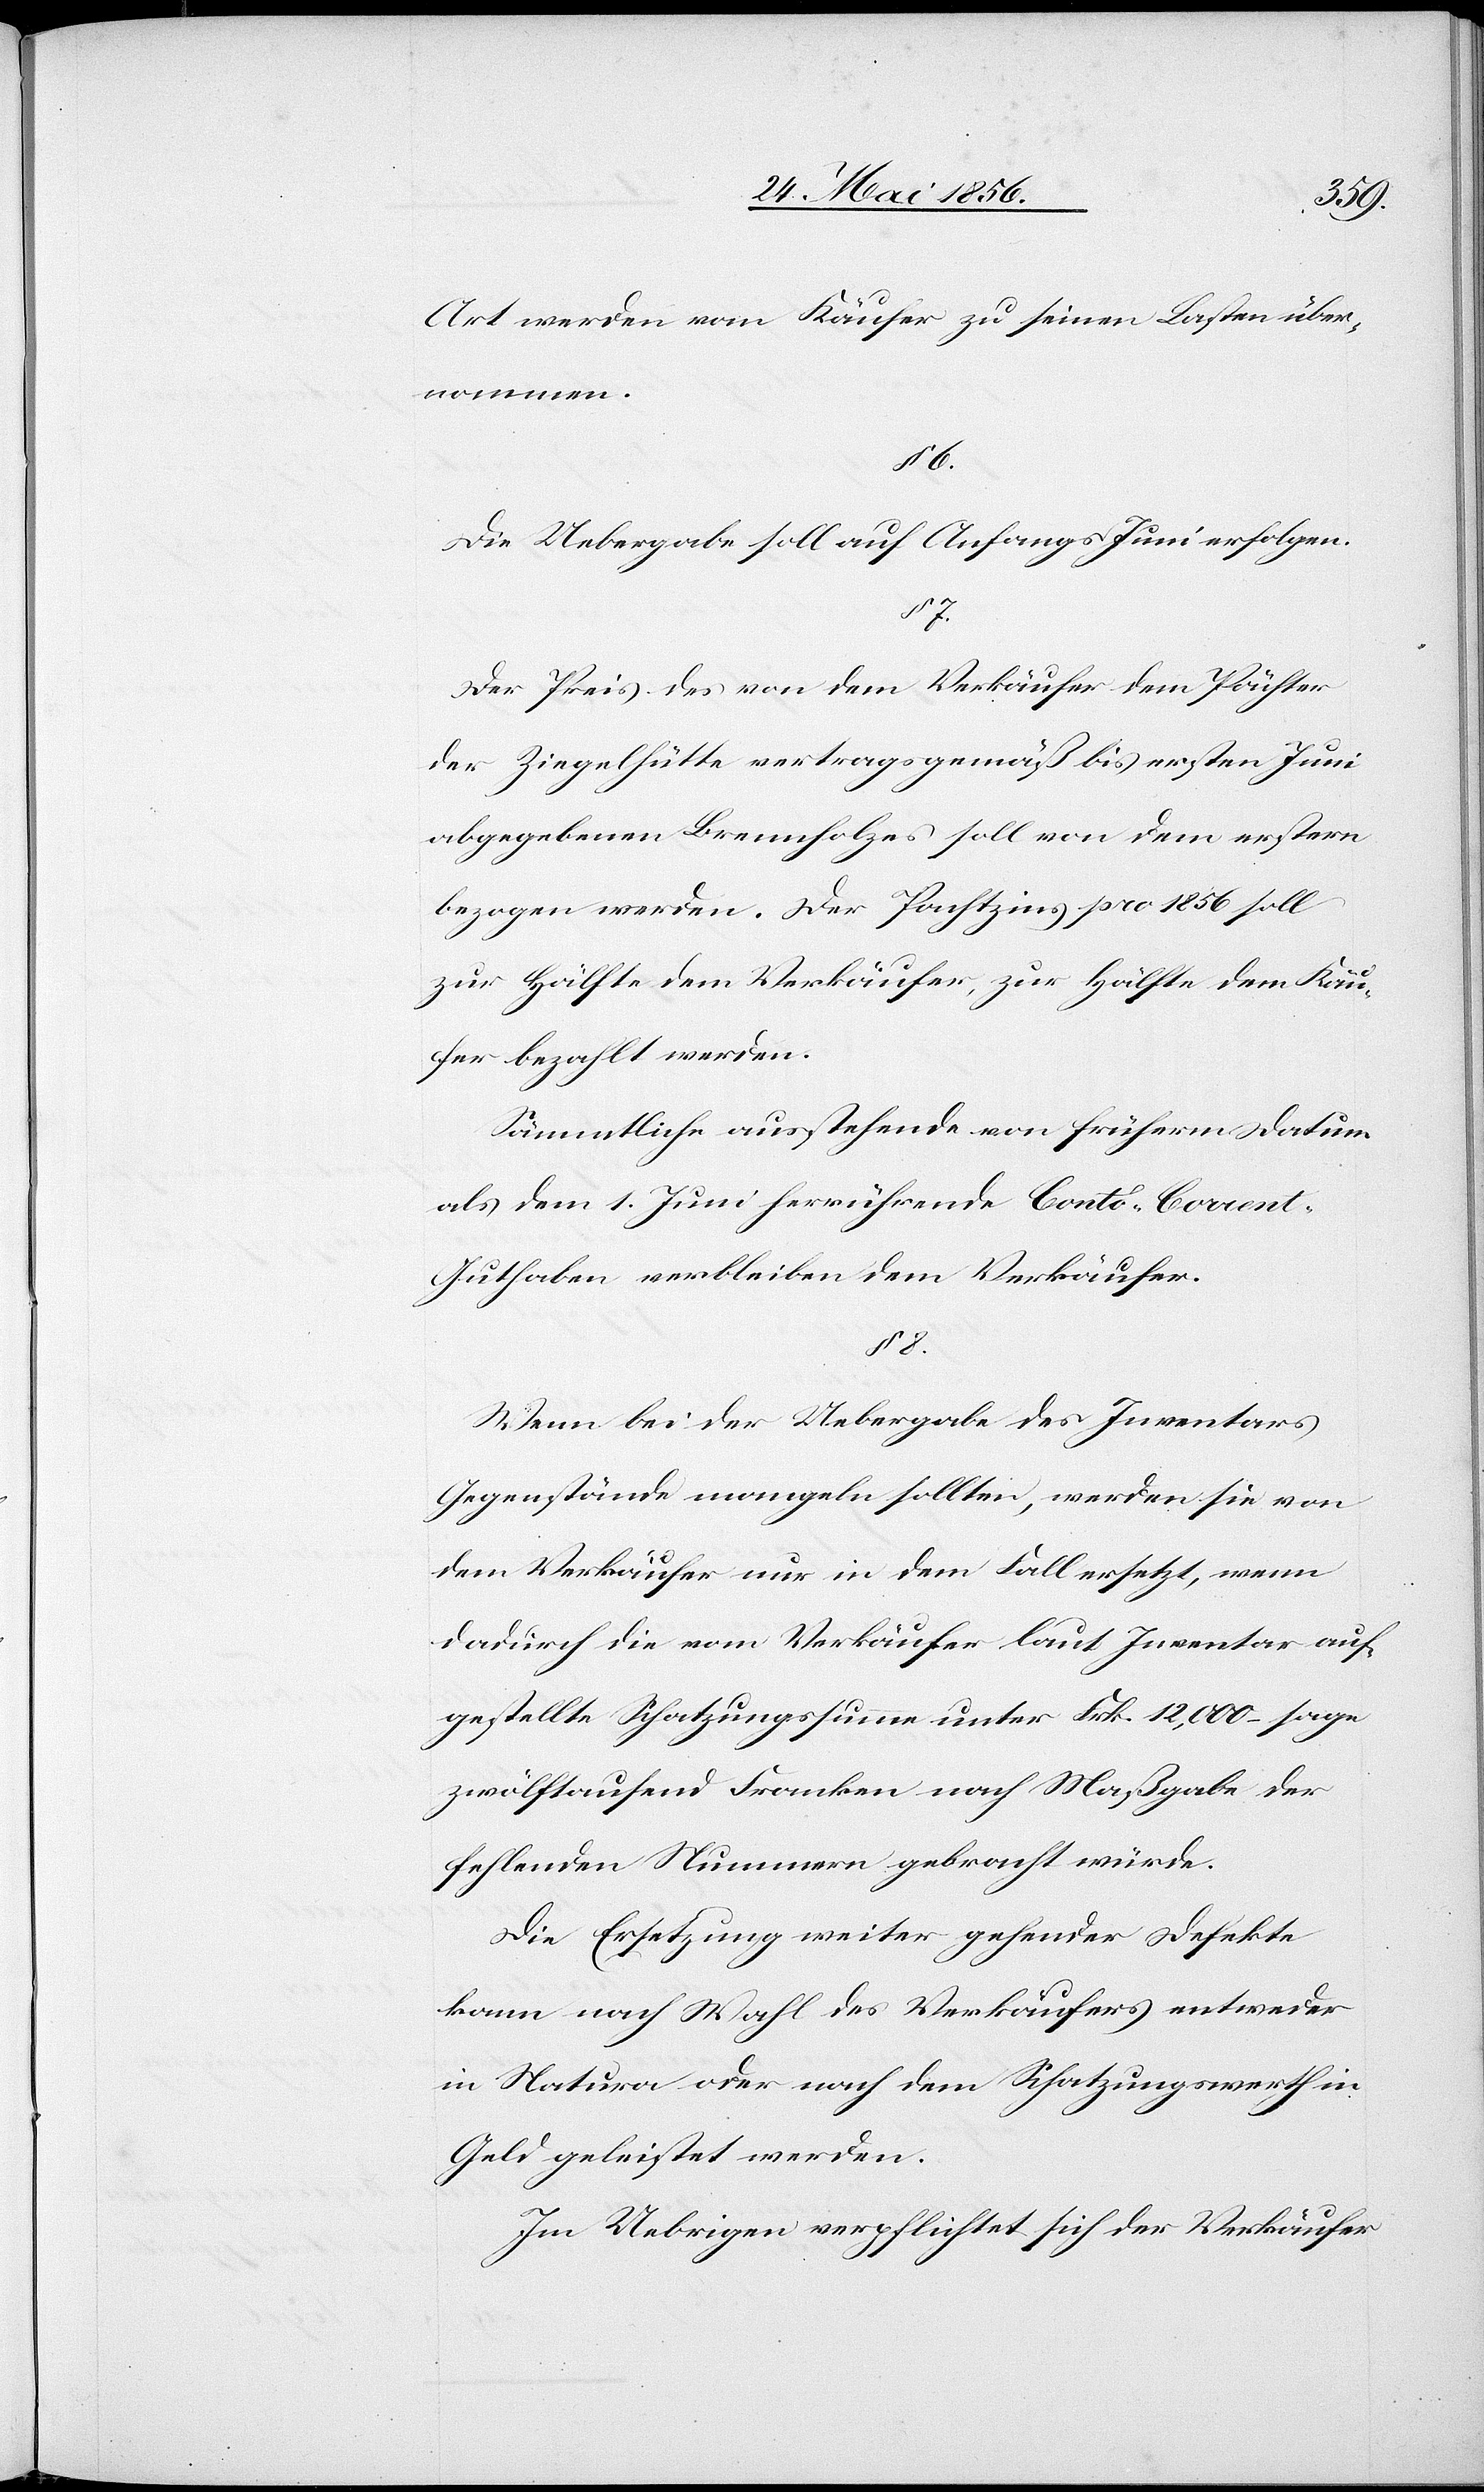
Art werden vom Käufer zu seinen Lasten über¬
nommen.
§ 8.
Die Uebergabe soll auf Anfangs Juni erfolgen.
7.
Der Preis des von dem Verkäufer dem Pächter
der Ziegelhütte vertragsgemäß bis ersten Juni
abgegebenen Brennholzes soll von dem erstern
bezogen werden. Der Pachtzins pro 1856 soll
zur Hälfte dem Verkäufer, zur Hälfte dem Käu¬
fer bezahlt werden.
Sämmtliche ausstehende von früherm Datum
als dem 1. Juni herrührende Conto-Corrent-G¬
uthaben verbleiben dem Verkäufer.
Wenn bei der Uebergabe des Inventars
Gegenstände mangeln sollten, werden sie von
dem Verkäufer nur in dem Fall ersetzt, wenn
dadurch die vom Verkäufer laut Inventar auf¬
gestellte Schatzungssumme unter Frk. 12,000 – sage
zwölftausend Franken nach Maßgabe der
fehlenden Nummern gebracht würde.
Die Ersetzung weiter gehender Defekte
kann nach Wahl des Verkäufers entweder
in Natura oder nach dem Schatzungswerth in
Geld geleistet werden.
Im Uebrigen verpflichtet sich der Verkäufer